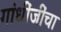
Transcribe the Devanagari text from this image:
गांधींजींचा